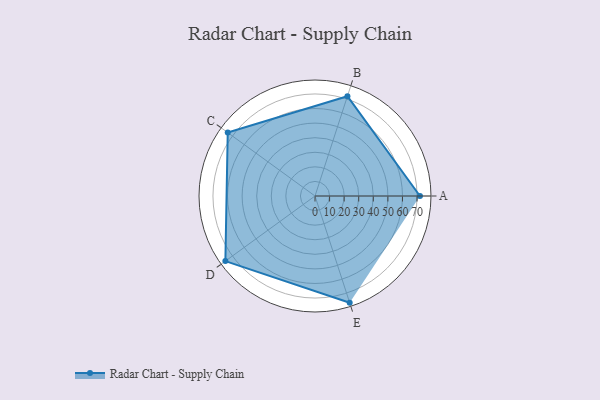
{"axis": {"x": "Skill", "y": "Score"}, "legend": ["Profile"], "data": [{"x": "A", "y": 72.0, "type": "Profile"}, {"x": "B", "y": 72.0, "type": "Profile"}, {"x": "C", "y": 74.0, "type": "Profile"}, {"x": "D", "y": 76.0, "type": "Profile"}, {"x": "E", "y": 77.0, "type": "Profile"}]}